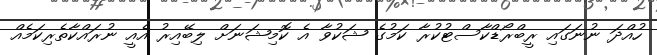
ހުއްދަ ނުނަގައި ރީބްރޯޑްކާސްޓުކުރާ ކަމުގެ ޝަކުވާ އެ ކޮމިޝަނަށް ލިބޭއިރު އެއީ ނުރައްކާތެރިކަމެއް